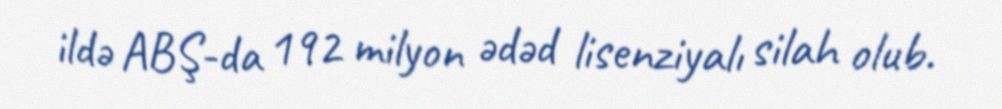
ildə ABŞ-da 192 milyon ədəd lisenziyalı silah olub.